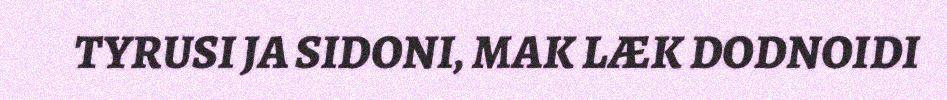
TYRUSI JA SIDONI, MAK LÆK DODNOIDI